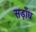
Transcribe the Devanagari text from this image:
सड़ाँध